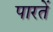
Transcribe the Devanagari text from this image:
पारतें